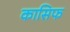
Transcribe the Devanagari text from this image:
कासिफ